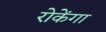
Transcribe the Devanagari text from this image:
रोकेंगा